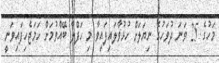
މަހުގެ 25 ވަނަ ދުވަހުގެ ނިޔަލަށް ހުޅުވާލައިފައިވާ މި ހަފްލާ ބޭއްވުމަށް ހަމަޖެހިފައިވަނީ